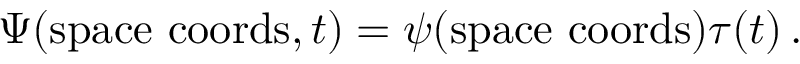
\Psi ( { \mathrm { s p a c e ~ c o o r d s } } , t ) = \psi ( { \mathrm { s p a c e ~ c o o r d s } } ) \tau ( t ) \, .